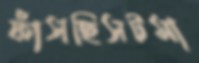
ফাঁসছিসটমা